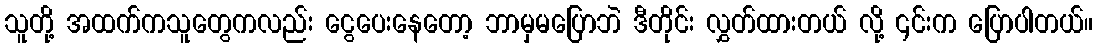
သူတို့ အထက်ကသူတွေကလည်း ငွေပေးနေတော့ ဘာမှမပြောဘဲ ဒီတိုင်း လွှတ်ထားတယ် လို့ ၎င်းက ပြောပါတယ်။